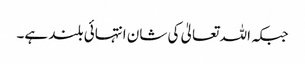
جبکہ اللہ تعالیٰ کی شان انتہائی بلند ہے۔